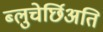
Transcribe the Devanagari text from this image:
ब्लुचेर्छिअति